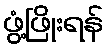
ဖွံ့ဖြိုးရန်